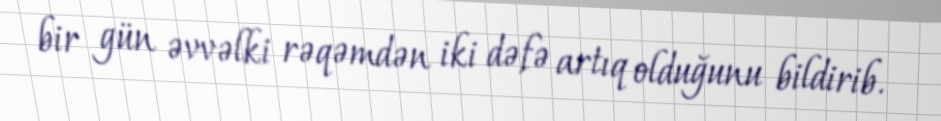
bir gün əvvəlki rəqəmdən iki dəfə artıq olduğunu bildirib.